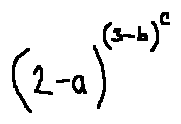
( 2 - a ) ^ { ( 3 - b ) ^ { c } }